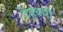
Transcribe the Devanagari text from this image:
टेहकरी